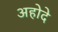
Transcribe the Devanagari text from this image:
अहोदे